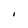
Character: I